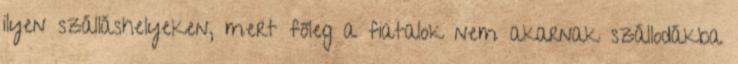
ilyen szálláshelyeken, mert főleg a fiatalok nem akarnak szállodákba